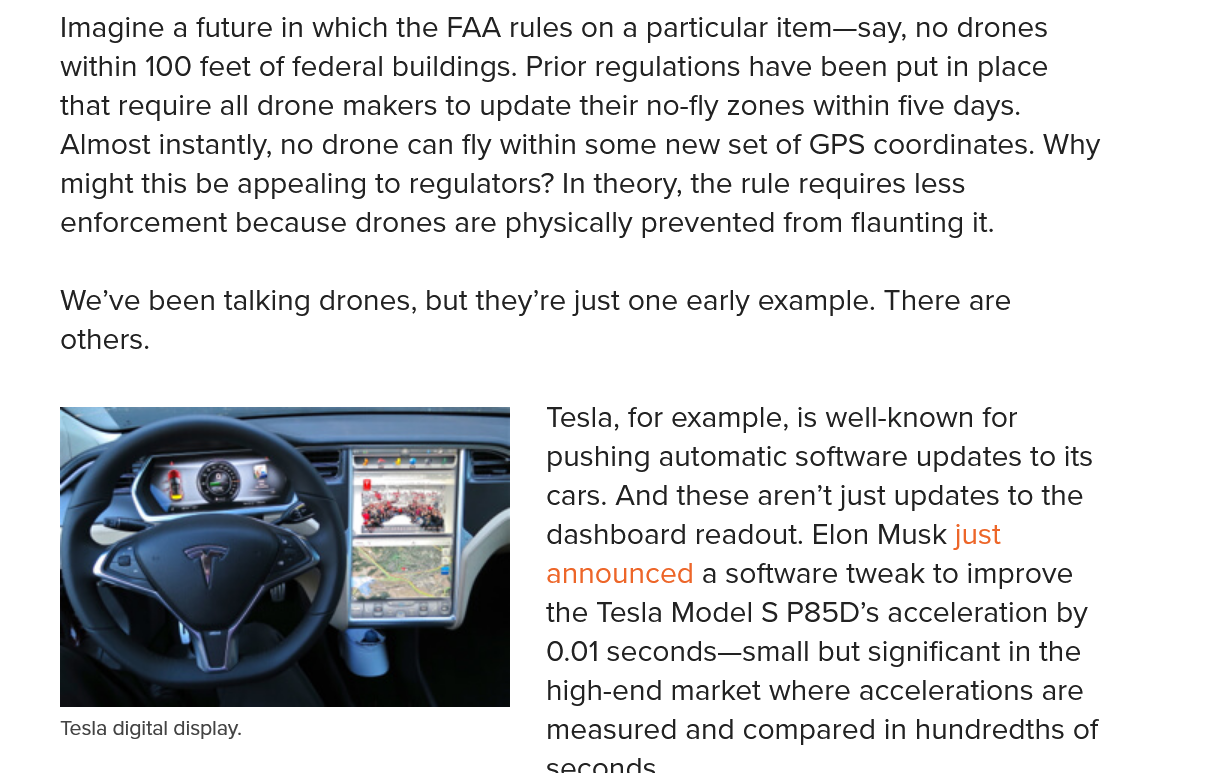
Imagine a future in which the FAA rules on a particular item—say, no drones
     within 100 feet of federal buildings. Prior regulations have been put in place
     that require all drone makers to update their no-fly zones within five days.
     Almost instantly, no drone can fly within some new set of GPS coordinates. Why
     might this be appealing to regulators? In theory, the rule requires less
     enforcement because drones are physically prevented from flaunting it.
     We’ve been talking drones, but they’re just one early example. There are
     others.
     Tesla, for example, is well-known for
     pushing automatic software updates to its
     cars. And these aren’t just updates to the
     dashboard readout. Elon Musk just
     announced a software tweak to improve
     the Tesla Model S P85D’s acceleration by
     0.01 seconds—small but significant in the
     high-end market where accelerations are
     measured and compared in hundredths of
     a
     ee
     7
     |   ot
     ‘S
     a
     Ye
     ¥
     Tesla digital display.